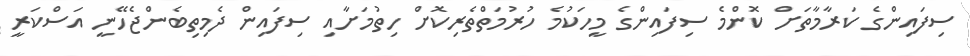
ސިފައިންގެ ކަރާމާތަށް ކޮންމެ ސިފައިންގެ މީހަކުމެ ހުރުމަތްތެރިކޮށް ހިތުމަށާއި ސިފައިން ދެމިތިބެންޖެހޭނީ އަސްކަރީ